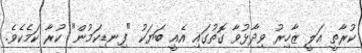
ކުރާތީ އަލީ ޒާހިރު ވިދާޅުވާ ގޮތުގައި އެއީ ބަޔަކު "ފިނޑިކަމުން" ކުރާ ކަމެކެވެ.